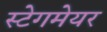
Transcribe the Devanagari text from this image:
स्टेगमेयर